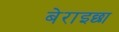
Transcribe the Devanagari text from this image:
बेराइछा